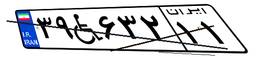
۳۹W۶۳۲۱۱